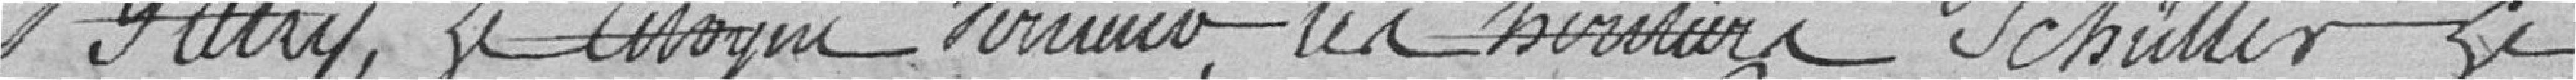
Bliky, le citoyen Verumo? les heritiers SchÜller le